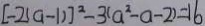
[ - 2 ( a - 1 ) ] ^ { 2 } - 3 ( a ^ { 2 } - a - 2 ) = 1 6